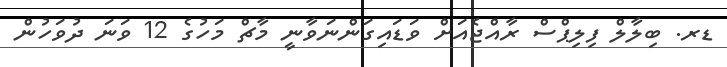
ޑރ. ބިލާލް ފިލިޕްސް ރާއްޖެއަށް ވަޑައިގަންނަވާނީ މާޗް މަހުގެ 12 ވަނަ ދުވަހުން